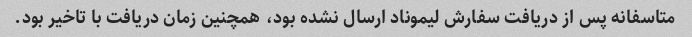
متاسفانه پس از دریافت سفارش لیموناد ارسال نشده بود، همچنین زمان دریافت با تاخیر بود.